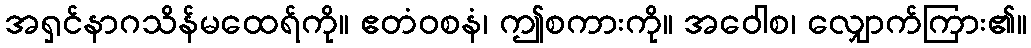
အရှင်နာဂသိန်မထေရ်ကို။ ဧတံဝစနံ၊ ဤစကားကို။ အဝေါစ၊ လျှောက်ကြား၏။